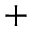
^ +